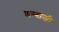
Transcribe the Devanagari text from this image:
शम्बाजी